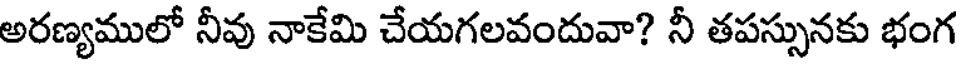
అరణ్యములో నీవు నాకేమి చేయగలవందువా? నీ తపస్సునకు భంగ